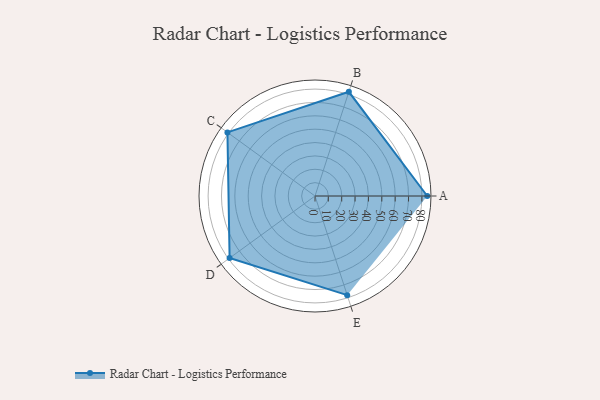
{"axis": {"x": "Skill", "y": "Score"}, "legend": ["Profile"], "data": [{"x": "A", "y": 84.0, "type": "Profile"}, {"x": "B", "y": 82.0, "type": "Profile"}, {"x": "C", "y": 81.0, "type": "Profile"}, {"x": "D", "y": 79.0, "type": "Profile"}, {"x": "E", "y": 78.0, "type": "Profile"}]}